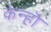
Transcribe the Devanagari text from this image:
केन्हॊ